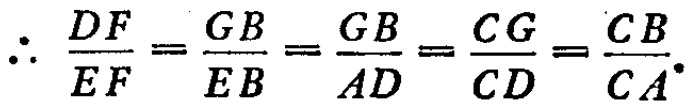
\[\therefore \frac{DF}{EF}=\frac{GB}{EB}=\frac{GB}{AD}=\frac{CG}{CD}=\frac{CB}{CA}.\]